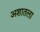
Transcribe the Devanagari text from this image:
अशातला